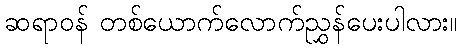
ဆရာဝန် တစ်ယောက်လောက်ညွှန်ပေးပါလား။